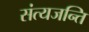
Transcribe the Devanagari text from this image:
संत्यजन्ति